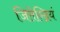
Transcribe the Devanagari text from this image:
जितेन्द्रियं